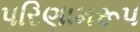
પરિણામરૂપ